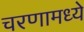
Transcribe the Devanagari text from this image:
चरणामध्ये